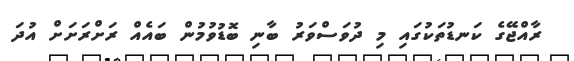
ރާއްޖޭގެ ކަނޑުތަކުގައި މި ދުވަސްވަރު ބާނި ބޮޑުވުމުން ބައެއް ރަށްރަށަށް އުދަ